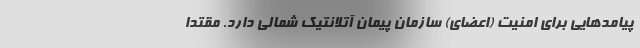
پیامدهایی برای امنیت (اعضای) سازمان پیمان آتلانتیک شمالی دارد. مقتدا